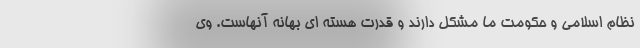
نظام اسلامی و حکومت ما مشکل دارند و قدرت هسته ای بهانه آنهاست. وی